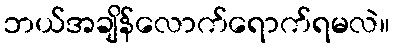
ဘယ်အချိန်လောက်ရောက်ရမလဲ။